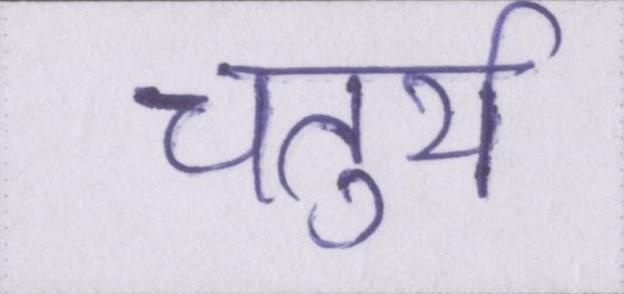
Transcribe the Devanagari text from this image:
चतुर्थ